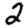
Digit: 2